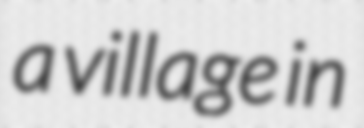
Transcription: a village in